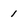
Character: 1